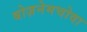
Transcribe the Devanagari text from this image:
बोज़नेमचोवा